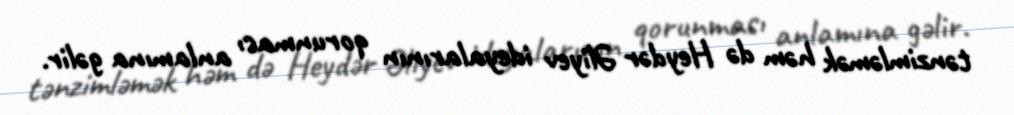
tənzimləmək həm də Heydər Əliyev ideyalarının qorunması anlamına gəlir.